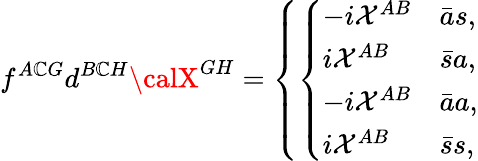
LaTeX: f^{A\mathbb{C}G}d^{B\mathbb{C}H}{\calX}^{GH}=\left\{ \left\{ \begin{array}{ll}{{-i{\cal X}^{AB}}}&{{{\bar{a}s},}}\\ {{i{\cal X}^{AB}}}&{{{\bar{s}a},}}\\ {{-i{\cal X}^{AB}}}&{{{\bar{a}a},}}\\ {{i{\cal X}^{AB}}}&{{{\bar{s}s},}}\end{array}\right.\right.